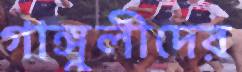
গাঙ্গুলীদের